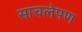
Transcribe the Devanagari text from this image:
साचलेपण